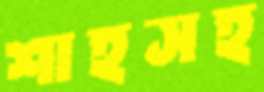
শাহসহ